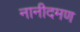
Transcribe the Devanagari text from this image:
नानीदमण